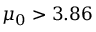
\mu _ { 0 } > 3 . 8 6